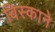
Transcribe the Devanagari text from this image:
बिस्काने